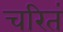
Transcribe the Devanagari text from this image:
चरितं